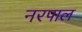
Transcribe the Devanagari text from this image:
नरपाल